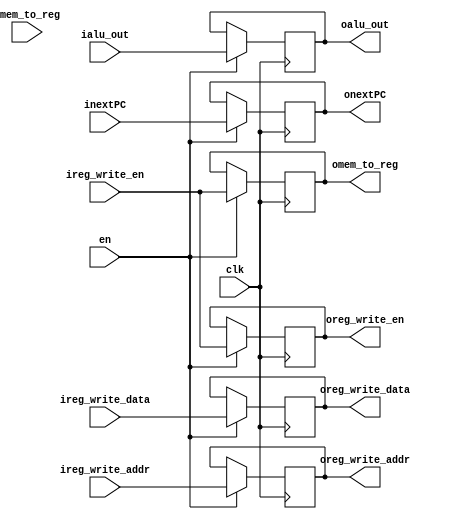
module MEMWB (
    input  clk,
    input  en,
    input  [3:0] ireg_write_addr,
    input  [7:0] ireg_write_data,
    input  ireg_write_en,
    input  imem_to_reg,
    input  [7:0] ialu_out,
    input  [7:0] inextPC,
    output reg [3:0] oreg_write_addr,
    output reg [7:0] oreg_write_data,
    output reg oreg_write_en,
    output reg omem_to_reg,
    output reg [7:0] oalu_out,
    output reg [7:0] onextPC
);

  always @(posedge (clk)) begin
    if (en) begin
      oreg_write_addr <= ireg_write_addr;
      oreg_write_data <= ireg_write_data;
      oreg_write_en <= ireg_write_en;
      omem_to_reg <= ireg_write_en;
      oalu_out <= ialu_out;
      onextPC <= inextPC;
    end
  end


endmodule